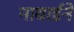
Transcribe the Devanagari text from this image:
नाबार्डने